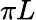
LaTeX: \pi L